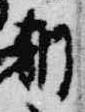
朝